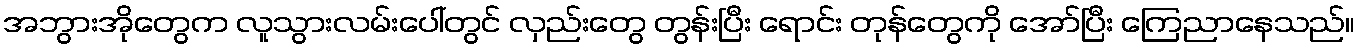
အဘွားအိုတွေက လူသွားလမ်းပေါ်တွင် လှည်းတွေ တွန်းပြီး ရောင်း တုန်တွေကို အော်ပြီး ကြေညာနေသည်။